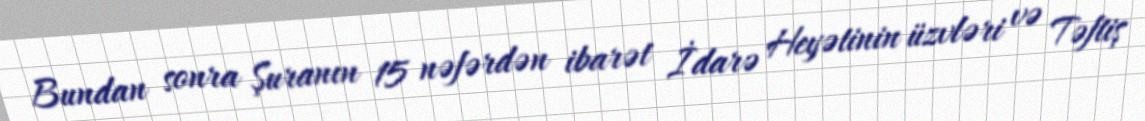
Bundan sonra Şuranın 15 nəfərdən ibarət İdarə Heyətinin üzvləri və Təftiş